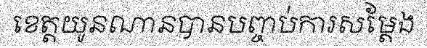
ខេត្តយូនណានបានបញ្ចប់ការសម្តែង